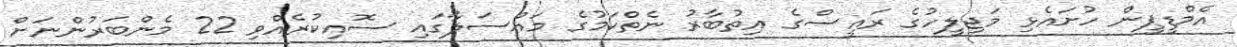
އެމްޑީޕީން ހުށައެޅި މަޖިލީހުގެ ރައީސްގެ އިތުބާރު ނެތްކަމުގެ މައްސަލާގައި ސޮއިކުރެއްވި 22 މެންބަރުންނަށް